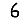
Digit: 6